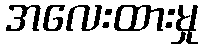
အလေးထားမှု